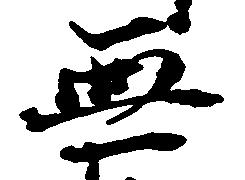
無